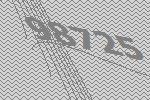
98725